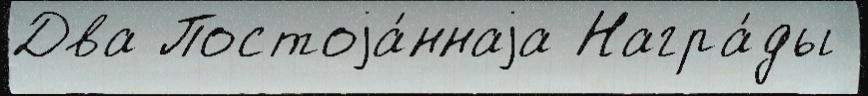
Два Постоjа́ннаjа Награ́ды